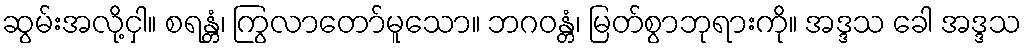
ဆွမ်းအလို့ငှါ။ စရန္တံ၊ ကြွလာတော်မူသော။ ဘဂဝန္တံ၊ မြတ်စွာဘုရားကို။ အဒ္ဒသ ခေါ အဒ္ဒသ